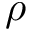
\rho